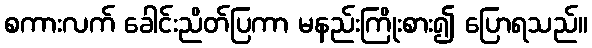
စကားလက် ခေါင်းညိတ်ပြကာ မနည်းကြိုးစား၍ ပြောရသည်။